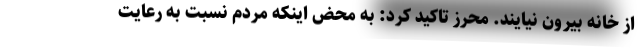
از خانه بیرون نیایند. محرز تاکید کرد: به محض اینکه مردم نسبت به رعایت